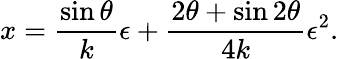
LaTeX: x=\frac{\sin\theta}{k}\epsilon+\frac{2\theta+\sin 2\theta}{4k}\epsilon^{2}.